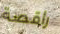
راقصة